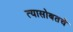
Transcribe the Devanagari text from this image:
त्यासोबतचे